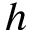
h